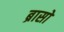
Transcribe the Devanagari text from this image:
ब्रासो